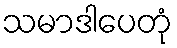
သမာဒါပေတုံ